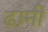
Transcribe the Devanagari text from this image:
ढानी